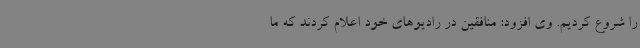
را شروع کردیم. وی افزود: منافقین در رادیوهای خود اعلام کردند که ما